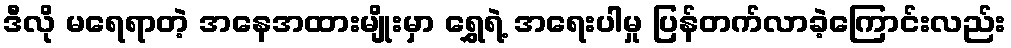
ဒီလို မရေရာတဲ့ အနေအထားမျိုးမှာ ရွှေရဲ့ အရေးပါမှု ပြန်တက်လာခဲ့ကြောင်းလည်း